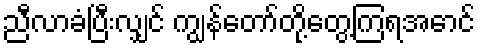
ညီလာခံပြီးလျှင် ကျွန်တော်တို့တွေ့ကြရအောင်